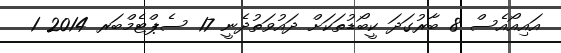
އައިއޯއެސް 8 ބާރުގަދަ ކީބޯޑުތަކަށް ދައުވަތުދެނީ 17 ސެޕްޓެމްބަރ 2014 1